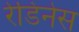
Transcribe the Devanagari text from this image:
रेडिनेस